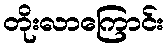
တိုးလာကြောင်း